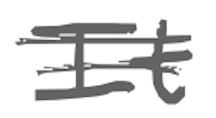
Text: It
Cross-out: double-line
Writing tool: digital_gray